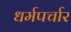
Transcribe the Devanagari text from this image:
धर्मपर्चार